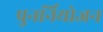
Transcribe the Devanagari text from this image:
पुनर्नियोजन